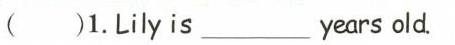
()1.Lily is years___ old.